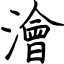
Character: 澮